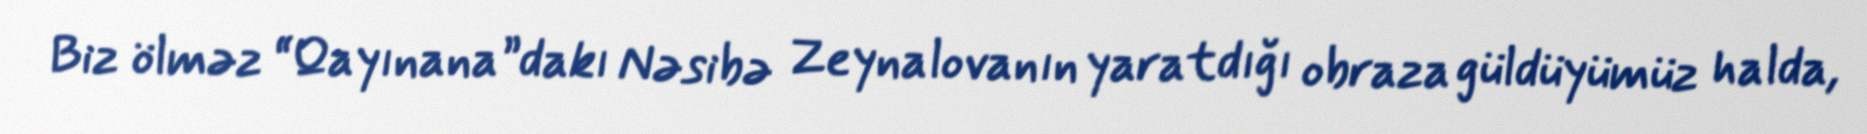
Biz ölməz “Qayınana”dakı Nəsibə Zeynalovanın yaratdığı obraza güldüyümüz halda,